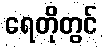
ရေတိုတွင်